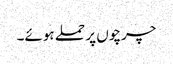
چرچوں پر حملے ہوئے۔